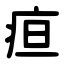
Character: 疸